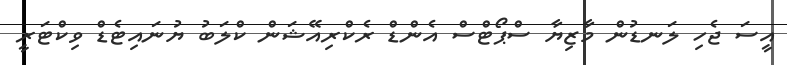
އީސަ ޖެހި ލަނޑުން މާޒިޔާ ސްޕޯޓްސް އެންޑް ރެކްރިއޭޝަން ކްލަބު ޔުނައިޓެޑް ވިކްޓަރީ